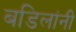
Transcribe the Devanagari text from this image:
बडिलांनी